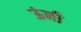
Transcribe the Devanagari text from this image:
ऊंनी